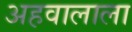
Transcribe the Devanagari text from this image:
अहवालाला